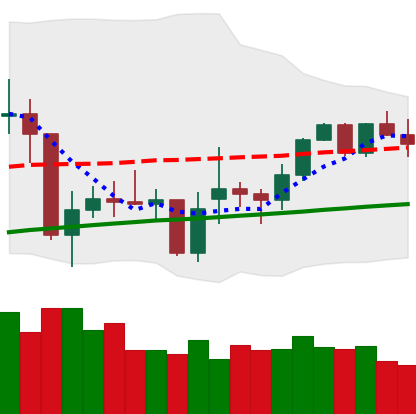
Ticker: XMR-USD
Chart end date: 2021-02-07
Forward return: 33.613%
Label: up_7plus